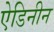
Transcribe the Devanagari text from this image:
ऐडिनीन